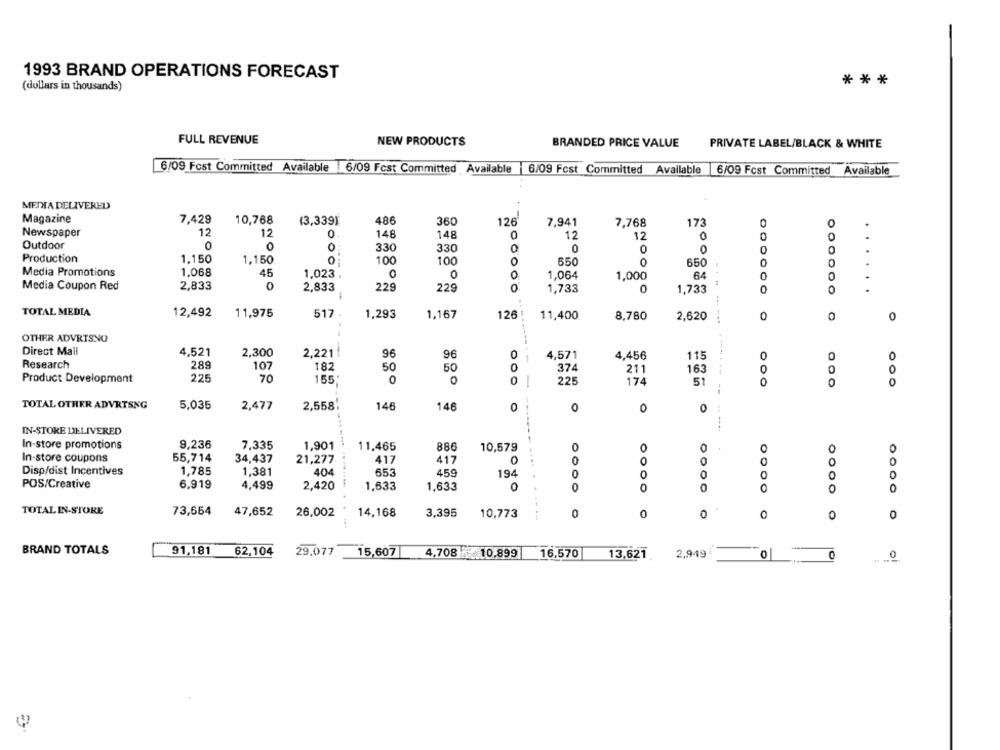
1993 BRAND OPERATIONS FORECAST
***
(dollars in thousands)
FULL REVENUE
NEW PRODUCTS
BRANDED PRICE VALUE
PRIVATE LABEL/BLACK & WHITE
6/09 Fest Committed Available 6/09 Fcst Committed Available |6/09 Fcst Committed Available
6/09 Fcst Committed Available
METHA DELIVERED
Magazine
7,429
10,768
(3,3391
486
360
126
7,941
7,768
173
0
.
Newspaper
12
12
0
148
148
12
12
0
0
0
Outdoor
0
0
0
330
330
0
0
0
0
Production
1.150
1,150
O
100
100
0
650
650
0
0
. .
Media Promotions
1,068
45
1,023
0
0
1,064
1,000
64
0
0
Media Coupon Red
2,833
0
2,833
229
229
0
1,733
1,733
0
0
TOTAL MEDIA
12,492
11,975
517
1,293
1,167
126
11,400
0
0
0
8,780
2,620
--- ---
OTHER ADVRTSNO
----
Direct Mail
4,521
2,300
2,221
96
96
0
4,571
4.456
115
0
0
Research
289
107
182
50
50
0
374
0
211
163
0
Product Development
225
70
155
0
0
225
174
51
0
TOTAL OTHER ADVRTSNG
5,035
2.477
2,558;
146
146
0
0
0
0
IN-STORE DELIVERED
In-store promotions
9,236
7.335
1,901
11,465
886
10,579
O
0
0
O
In-store coupons
55,714
34,437
21,277
417
417
0
0
0
Disp/dist Incentives
1,785
1,381
404
653
459
194
OO
0
0
0
POS/Creative
6.919
4,499
2,420
1,633
1,633
0
0
O
TOTAL IN-STORE
73,654
47,652
26,002
14,168
3,395
10,773
0
0
0
0
0
0
BRAND TOTALS
91,181
62,104
29,077
15,607
4,708 10.899
16,570
13,621
2,949
0